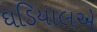
ઘડિયાલએ